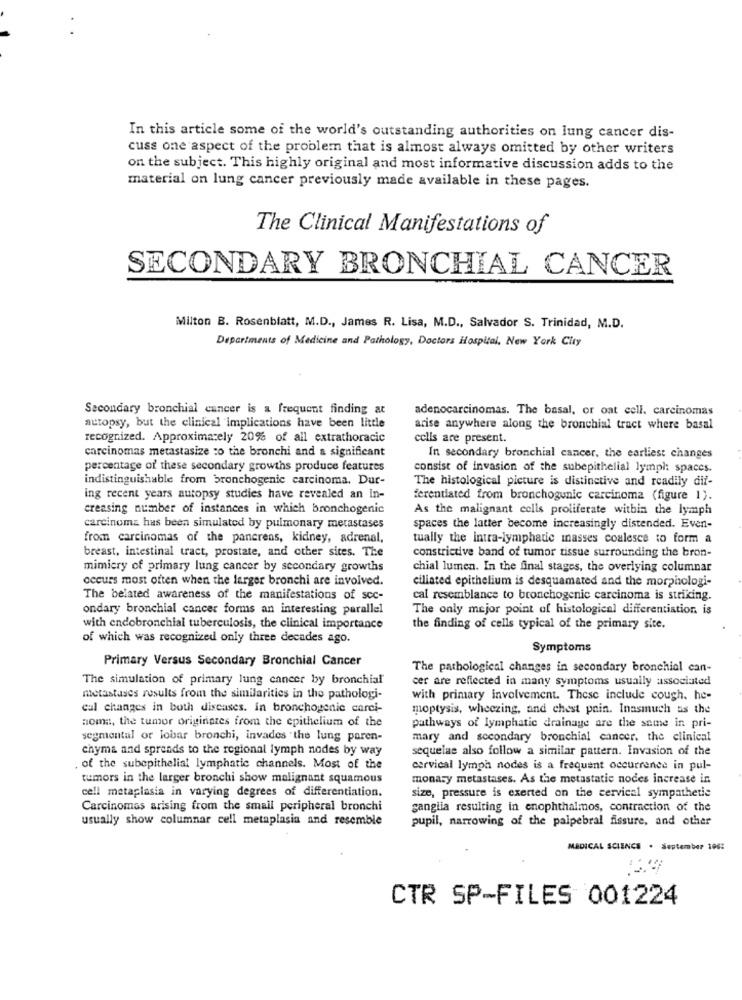
In this article some of the world's outstanding authorities on lung cancer dis-
cuss one aspect of the problem that is almost always omitted by other writers
on the subject. This highly original and most informative discussion adds to the
material on lung cancer previously made available in these pages.
The Clinical Manifestations of
SECONDARY BRONCHIAL CANCER
Milton B. Rosenblatt, M.D ., James R. Lisa, M.D ., Salvador S. Trinidad, M.D.
Departments of Medicine and Pathology, Doctors Hospital, New York City
Secondary bronchial cancer is a frequent finding at
adenocarcinomas. The basal, or oat cell. carcinomas
autopsy, but the clinical implications have been little
arise anywhere along the bronchial tract where basal
recognized. Approximately 20% of all extrathoracic
cells are present.
carcinomas metastasize to the bronchi and a significant
In secondary bronchial cancer, the earliest changes
percentage of these secondary growths produce features
consist of invasion of the subepithelial lymph: spaces.
indistinguishable from bronchogenic carcinoma. Dur-
The histological picture is distinctive and readily dif-
ing recent years autopsy studies have revealed an In-
ferentiated from bronchogunic carcinoma (figure 1).
creasing number of instances in which bronchogenic
As the malignant cells proliferate within the lymph
carcinoma has been simulated by pulmonary metastases
spaces the latter become increasingly distended. Even-
from carcinomas of the pancreas, kidney, adrenal,
tually the intra-lymphatic masses coalesce to form a
breast, intestinal tract, prostate, and other sites. The
constrictive band of tumor tissue surrounding the bron-
mimiery of primary lung cancer by secondary growths
chial lumen. In the final stages, the overlying columnar
occurs most often when the larger bronchi are involved.
ciliated epithelium is desquamated and the morphologi-
The belated awareness of the manifestations of scc-
cal resemblance to bronchogenic carcinoma is striking.
ondary bronchial cancer forms an interesting parallel
The only mejor point of histological differentiation. is
with endobronchial tuberculosis, the clinical importance
the finding of cells typical of the primary site.
of which was recognized only three decades ago.
Symptoms
Primary Versus Secondary Bronchial Cancer
The pathological changes in secondary bronchial can-
The simulation of primary lung cancer by bronchial
cer are reflected in many symptoms usually associated
metastases results from the similarities in the pathologi-
with primary involvement. These include cough. he-
cal changes in both diseases. in bronchogenic carci-
moptysis, wheezing, and chest pain. Inasmuch as the
noma, the tumor originates from the epithelium of the
pathways of lymphatic drainage are the same in pri-
segmental or lobar bronchi, invades "the lung paren-
mary and secondary bronchial cancer. the clinical
chyma and spreads to the regional lymph nodes by way
sequelas also follow a similar pattern. Invasion of the
of the subepithelial lymphatic channels. Most of the
cervical lymph nodes is a frequent occurrence in pul-
tumors in the larger bronchi show malignant squamous
monary metastases. As the metastatic nodes increase in
cell metaplasia in varying degrees of differentiation.
size, pressure is exerted on the cervical sympathetic
Carcinomas arising from the small peripheral bronchi
ganglia resulting in enophthalmos, contraction of the
usually show columnar cell metaplasia and resemble
pupil, narrowing of the palpebral fissure, and other
MEDICAL SCIENCE . September 106:
CTR SP-FILES 001224